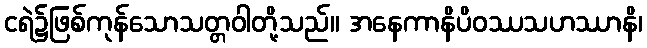
ငရဲ၌ဖြစ်ကုန်သောသတ္တဝါတို့သည်။ အနေကာနိပိဝဿသဟဿာနိ၊